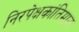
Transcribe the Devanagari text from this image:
निरपेक्षकांतिमान